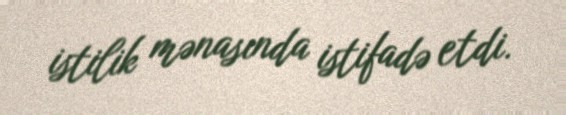
istilik mənasında istifadə etdi.